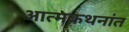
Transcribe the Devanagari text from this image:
आत्मकथनांत